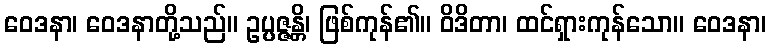
ဝေဒနာ၊ ဝေဒနာတို့သည်။ ဥပ္ပဇ္ဇန္တိ၊ ဖြစ်ကုန်၏။ ဝိဒိတာ၊ ထင်ရှားကုန်သော။ ဝေဒနာ၊